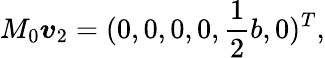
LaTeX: M_{0}\boldsymbol{v}_{2}=(0,0,0,0,\frac{1}{2}b,0)^{T},